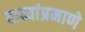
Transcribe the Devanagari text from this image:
दाव्यांप्रमाणे